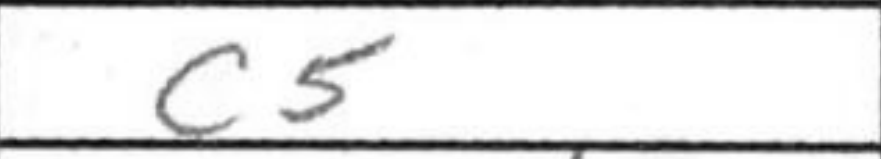
Transcription: c5